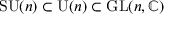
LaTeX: \operatorname { S U } ( n ) \subset \operatorname { U } ( n ) \subset \operatorname { G L } ( n , \mathbb { C } )